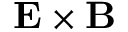
\mathbf { E } \times \mathbf { B }